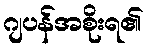
ဂျပန်အစိုးရ၏